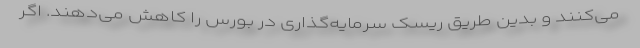
می‌کنند و بدین طریق ریسک سرمایه‌گذاری در بورس را کاهش می‌دهند. اگر